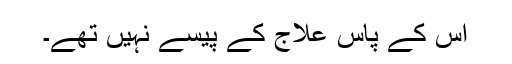
اس کے پاس علاج کے پیسے نہیں تھے۔